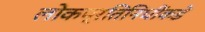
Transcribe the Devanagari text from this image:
लोकप्रतिनिधींकडे